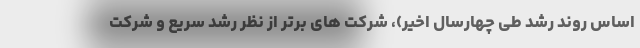
اساس روند رشد طی چهارسال اخیر)، شرکت های برتر از نظر رشد سریع و شرکت